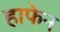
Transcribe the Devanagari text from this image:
हाफेन